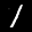
Label: 1